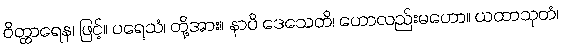
ဝိတ္ထာရေန၊ ဖြင့်။ ပရေသံ၊ တို့အား။ နာပိ ဒေသေတိ၊ ဟောလည်းမဟော။ ယထာသုတံ၊